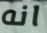
انه